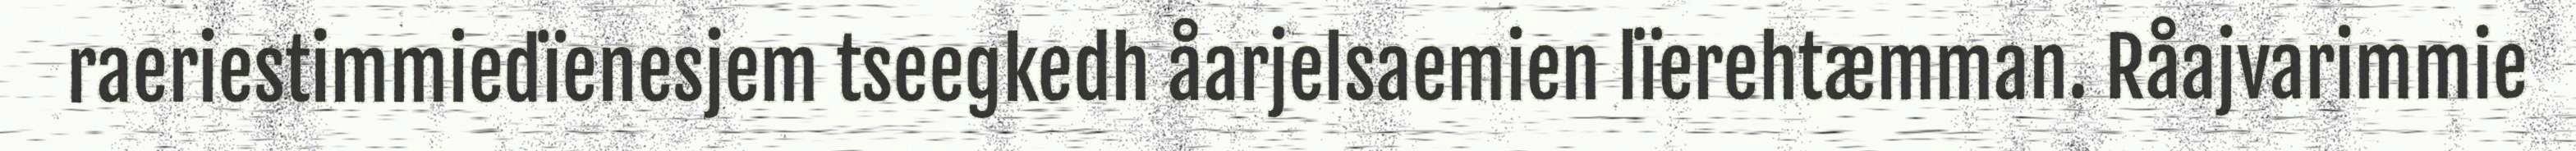
raeriestimmiedïenesjem tseegkedh åarjelsaemien lïerehtæmman. Råajvarimmie